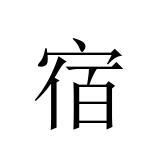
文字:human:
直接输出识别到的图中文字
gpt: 宿